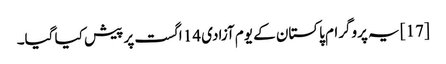
[17] یہ پروگرام پاکستان کے یوم آزادی 14 اگست پر پیش کیا گیا۔